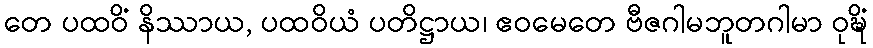
တေ ပထဝိံ နိဿာယ, ပထဝိယံ ပတိဋ္ဌာယ၊ ဧဝမေတေ ဗီဇဂါမဘူတဂါမာ ဝုဍ္ဎိံ